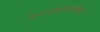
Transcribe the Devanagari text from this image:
परसरामबास